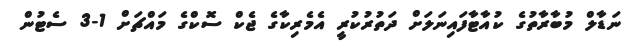
ނަޑާލް މުބާރާތުގެ ކުއާޓާފައިނަލަށް ދަތުރުކުރީ އެމެރިކާގެ ޖެކް ސޮކްގެ މައްޗަށް 1-3 ސެޓުން